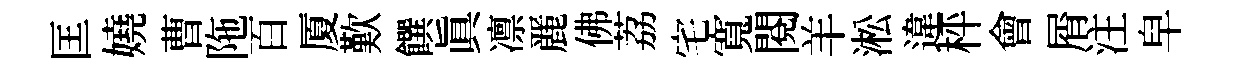
匡嬈曹陁百厦歎饌眞凛䴡佛荔宅寬閱羊淞違枰會屑注皁